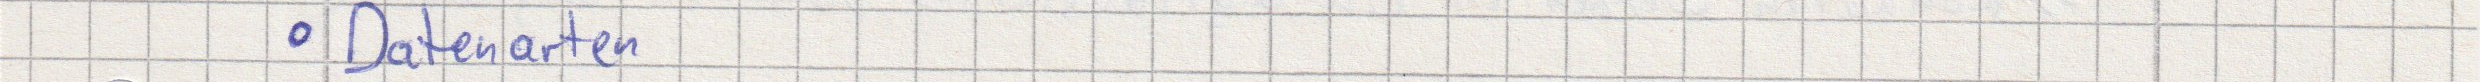
Datenarten